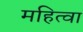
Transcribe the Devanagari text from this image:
महित्वा